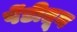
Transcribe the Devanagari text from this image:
पेंडीतून